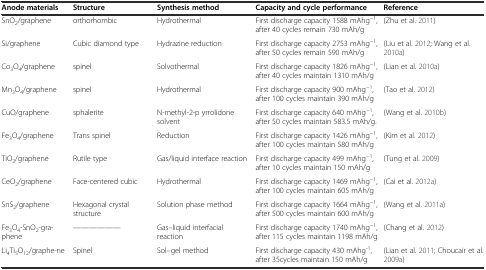
<table><thead><tr><td><b>Anode materials</b></td><td><b>Structure</b></td><td><b>Synthesis method</b></td><td><b>Capacity and cycle performance</b></td><td><b>Reference</b></td></tr></thead><tbody><tr><td>SnO<sub>2</sub>/graphene</td><td>orthorhombic</td><td>Hydrothermal</td><td>First discharge capacity 1588 mAhg<sup>-1</sup>, after 40 cycles remain 730 mAh/g</td><td>(Zhu et al.2011)</td></tr><tr><td>Si/graphene</td><td>Cubic diamond type</td><td>Hydrazine reduction</td><td>First discharge capacity 2753 mAhg<sup>-1</sup>, after 50 cycles remain 590 mAh/g</td><td>(Liu et al.2012; Wang et al.2010a)</td></tr><tr><td>Co<sub>3</sub>O<sub>4</sub>/graphene</td><td>spinel</td><td>Solvothermal</td><td>First discharge capacity 1826 mAhg<sup>-1</sup>, after 40 cycles maintain 1310 mAh/g</td><td>(Lian et al.2010a)</td></tr><tr><td>Mn<sub>3</sub>O<sub>4</sub>/graphene</td><td>spinel</td><td>Hydrothermal</td><td>First discharge capacity 900 mAhg<sup>-1</sup>, after 100 cycles maintain 390 mAh/g</td><td>(Tao et al.2012)</td></tr><tr><td>CuO/graphene</td><td>sphalerite</td><td>N-methyl-2-p yrrolidone solvent</td><td>First discharge capacity 640 mAhg<sup>-1</sup>, after 50 cycles maintain 583.5 mAh/g.</td><td>(Wang et al.2010b)</td></tr><tr><td>Fe<sub>3</sub>O<sub>4</sub>/graphene</td><td>Trans spinel</td><td>Reduction</td><td>First discharge capacity 1426 mAhg<sup>-1</sup>, after 100 cycles maintain 580 mAh/g</td><td>(Kim et al.2012)</td></tr><tr><td>TiO<sub>2</sub>/graphene</td><td>Rutile type</td><td>Gas/liquid interface reaction</td><td>First discharge capacity 499 mAhg<sup>-1</sup>, after 10 cycles maintain 150 mAh/g</td><td>(Tung et al.2009)</td></tr><tr><td>CeO<sub>2</sub>/graphene</td><td>Face-centered cubic</td><td>Hydrothermal</td><td>First discharge capacity 1469 mAhg<sup>-1</sup>, after 100 cycles maintain 605 mAh/g</td><td>(Cai et al.2012a)</td></tr><tr><td>SnS<sub>2</sub>/graphene</td><td>Hexagonal crystal structure</td><td>Solution phase method</td><td>First discharge capacity 1664 mAhg<sup>-1</sup>, after 500 cycles maintain 600 mAh/g</td><td>(Wang et al.2011a)</td></tr><tr><td>Fe<sub>3</sub>O<sub>4</sub>-SnO<sub>2</sub>-gra-phene</td><td>——————</td><td>Gas–liquid interfacial reaction</td><td>First discharge capacity 1740 mAhg<sup>-1</sup>, after 115 cycles maintain 1198 mAh/g</td><td>(Chang et al.2012)</td></tr><tr><td>Li<sub>4</sub>Ti<sub>5</sub>O<sub>12</sub>/graphe-ne</td><td>Spinel</td><td>Sol–gel method</td><td>First discharge capacity 430 mAhg<sup>-1</sup>, after 35cycles maintain 150 mAh/g</td><td>(Lian et al.2011; Choucair et al.2009a)</td></tr></tbody></table>